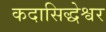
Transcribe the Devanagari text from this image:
कदासिद्धेश्वर